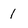
Character: l